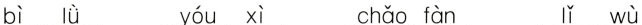
bì lǜ yǒu xì chǎo fàn lǐ wù